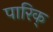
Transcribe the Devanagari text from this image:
पारिक्